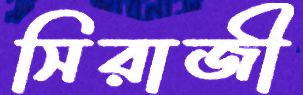
সিরাজী